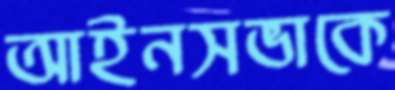
আইনসভাকে